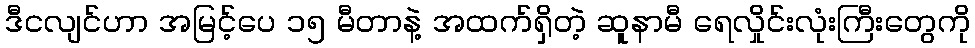
ဒီငလျင်ဟာ အမြင့်ပေ ၁၅ မီတာနဲ့ အထက်ရှိတဲ့ ဆူနာမီ ရေလှိုင်းလုံးကြီးတွေကို